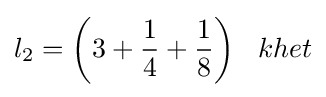
l_{2}={\bigg (}3+{\frac {1}{4}}+{\frac {1}{8}}{\bigg )}\;\;\;khet